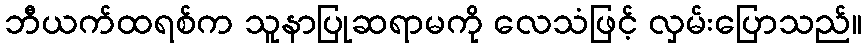
ဘီယက်ထရစ်က သူနာပြုဆရာမကို လေသံဖြင့် လှမ်းပြောသည်။